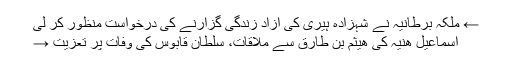
← ملکہ برطانیہ نے شہزادہ ہیری کی آزاد زندگی گزارنے کی درخواست منظور کر لی
اسماعیل ھنیہ کی ھیثم بن طارق سے ملاقات، سلطان قابوس کی وفات پر تعزیت →